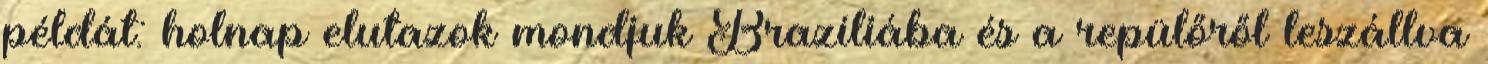
példát: holnap elutazok mondjuk Brazíliába és a repülőről leszállva